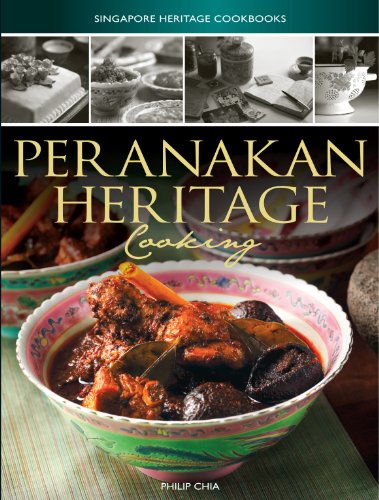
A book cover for Peranakan Heritage Cooking (Singapore Heritage Cooking); Philip Chia; Cookbooks, Food & Wine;